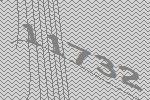
11732